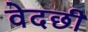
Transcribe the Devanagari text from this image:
वेदछी